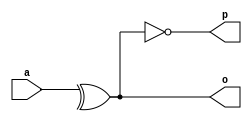
module abc9_test005(input [1:0] a, output o, output p);
assign o = ^a;
assign p = ~o;
endmodule